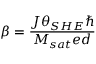
\beta = \frac { J \theta _ { S H E } \hbar } { M _ { s a t } e d }